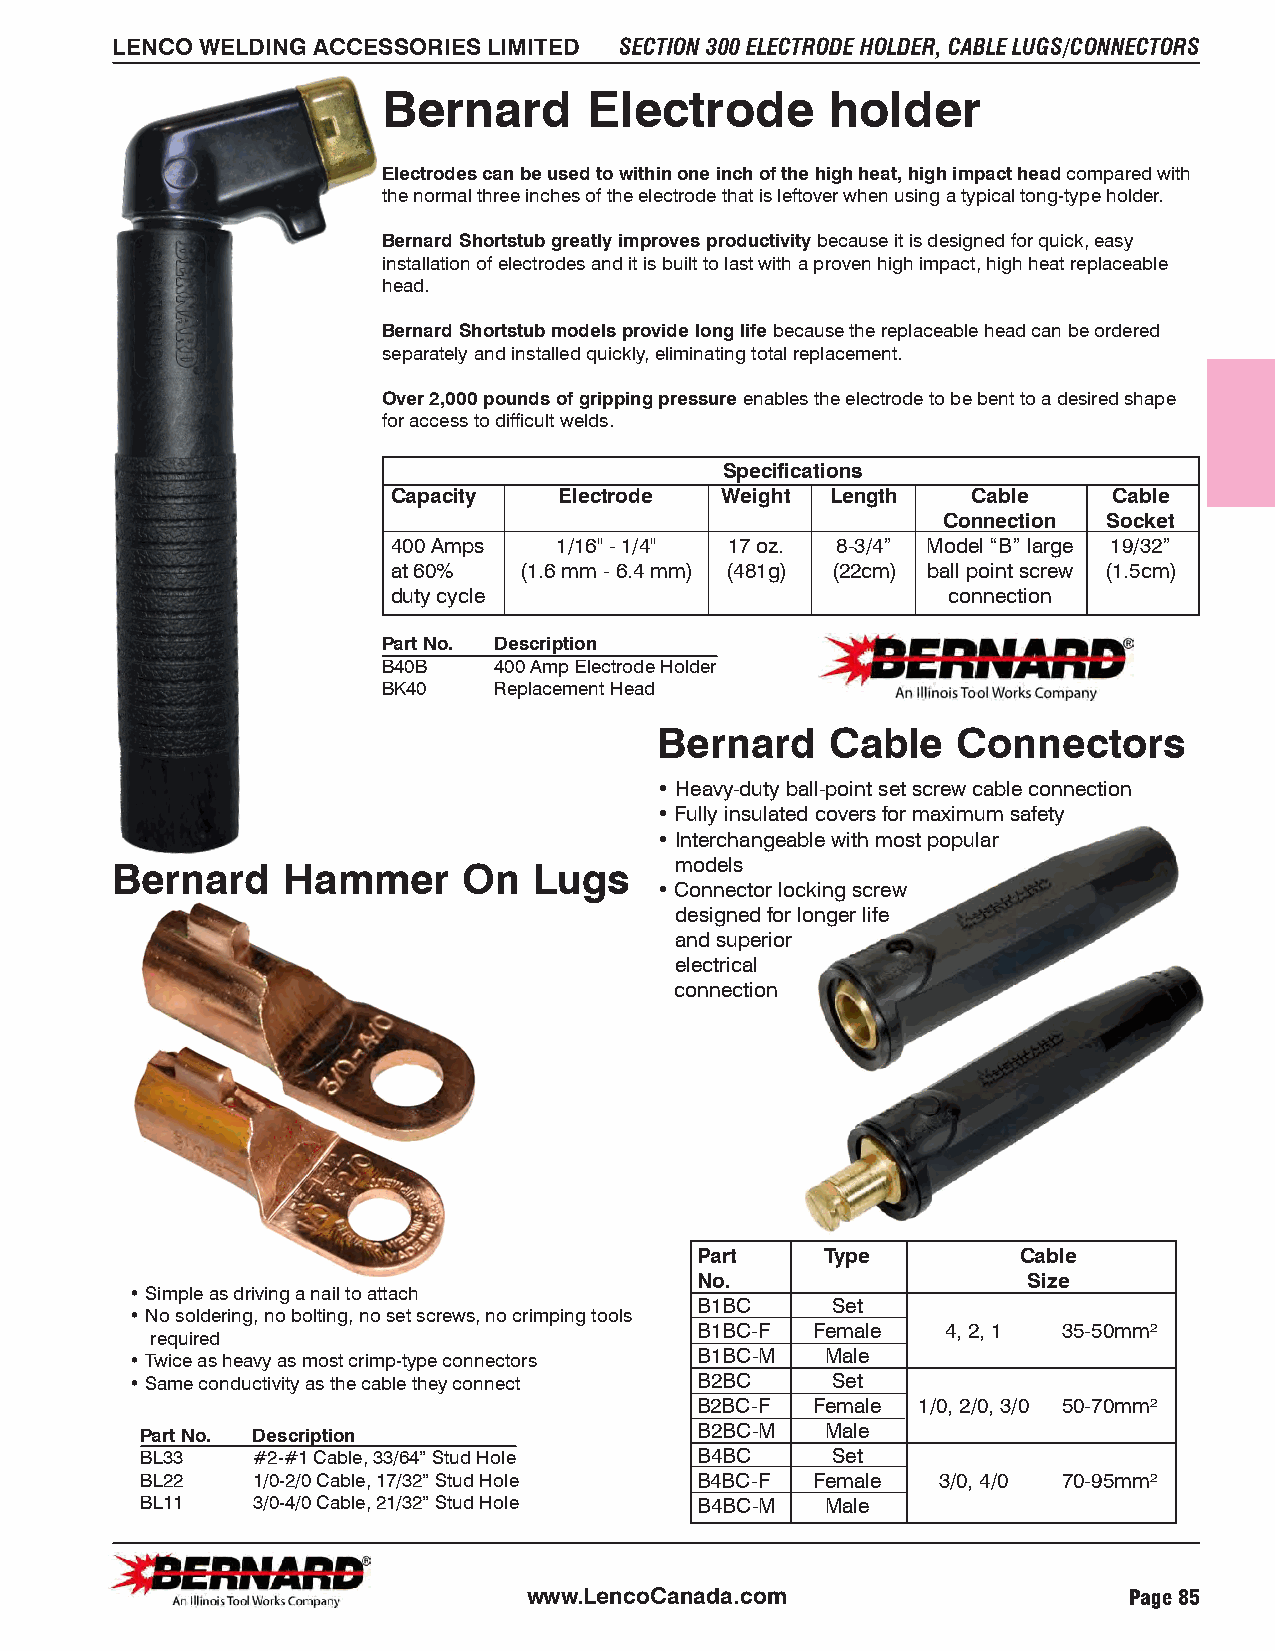
LENCO WELDING ACCESSORIES LIMITED SECTION 300 ELECTRODE HOLDER, CABLE LUGS/CONNECTORS
 Bernard       Electrode       holder
 Electrodes can be used to within one inch of the high heat, high impact head compared with
 the normal three inches of the electrode that is leftover when using a typical tong-type holder.
 Bernard Shortstub greatly improves productivity because it is designed for quick, easy
 installation of electrodes and it is built to last with a proven high impact, high heat replaceable
 head.
 Bernard Shortstub models provide long life because the replaceable head can be ordered
 separately and installed quickly, eliminating total replacement.
 Over 2,000 pounds of gripping pressure enables the electrode to be bent to a desired shape
 for access to difficult welds.
 Specifications
 Capacity   Electrode  Weight Length   Cable     Cable
 Connection Socket
 400 Amps   1/16" - 1/4" 17 oz. 8-3/4” Model “B” large 19/32”
 at 60%  (1.6 mm - 6.4 mm) (481g) (22cm) ball point screw (1.5cm)
 duty cycle                           connection
 Part No. Description
 B40B    400 Amp Electrode Holder
 BK40    Replacement Head
 Bernard    Cable   Connectors
 • Heavy-duty ball-point set screw cable connection
 • Fully insulated covers for maximum safety
 • Interchangeable with most popular
 Bernard     Hammer      On  Lugs      models
 • Connector locking screw
 designed for longer life
 and superior
 electrical
 connection
 Part     Type         Cable
 No.                   Size
 • Simple as driving a nail to attach
 B1BC     Set
 • No soldering, no bolting, no set screws, no crimping tools
 B1BC-F  Female   4, 2, 1 35-50mm²
 required
 • Twice as heavy as most crimp-type connectors B1BC-M Male
 • Same conductivity as the cable they connect B2BC Set
 B2BC-F  Female 1/0, 2/0, 3/0 50-70mm²
 Part No. Description                 B2BC-M   Male
 BL33    #2-#1 Cable, 33/64” Stud Hole B4BC    Set
 BL22    1/0-2/0 Cable, 17/32” Stud Hole B4BC-F Female 3/0, 4/0 70-95mm²
 BL11    3/0-4/0 Cable, 21/32” Stud Hole B4BC-M Male
 www.LencoCanada.com                     Page 85